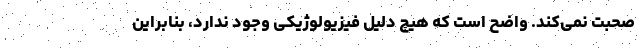
صحبت نمی‌کند. واضح است که هیچ دلیل فیزیولوژیکی وجود ندارد، بنابراین